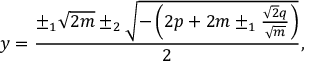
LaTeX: y = { \frac { \pm _ { 1 } { \sqrt { 2 m } } \pm _ { 2 } { \sqrt { - \left( 2 p + 2 m \pm _ { 1 } { \frac { { \sqrt { 2 } } q } { \sqrt { m } } } \right) } } } { 2 } } ,